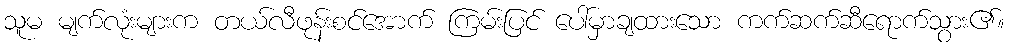
သူမ မျက်လုံးများက တယ်လီဖုန်းစင်အောက် ကြမ်းပြင် ပေါ်မှာချထားသော ကက်ဆက်ဆီရောက်သွား၏။